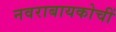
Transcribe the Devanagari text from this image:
नवराबायकोचीं